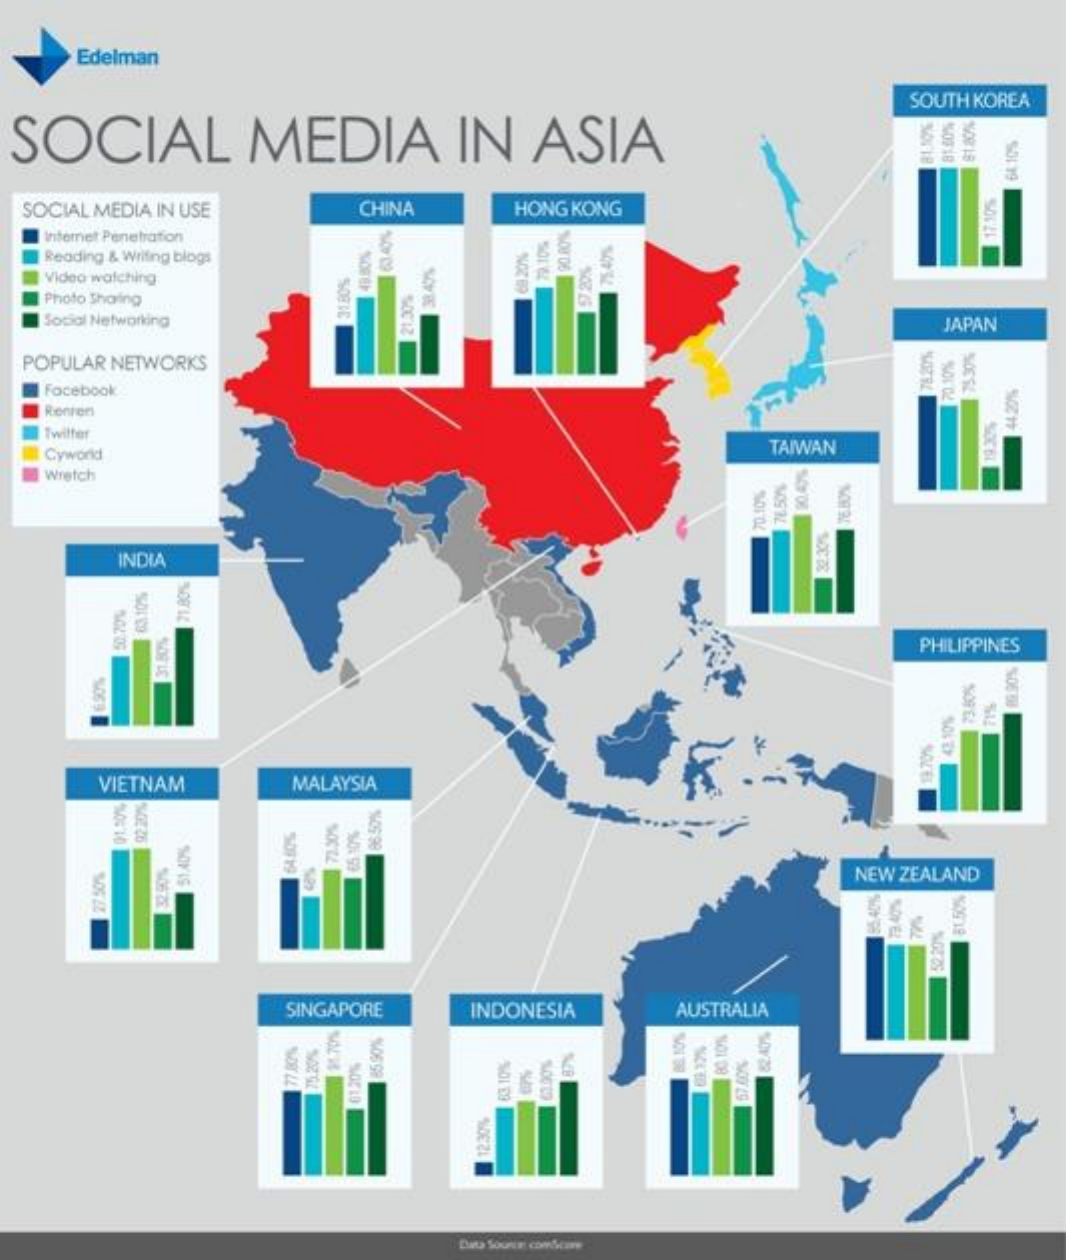
SOCIAL    MEDIA    IN    ASIA
   SOCIAL  MEDIA   IN USE
   POPULAR   NETWORKS
     Video watching
     Internet Penetration
     Social Networking
     Facebook
     Photo Sharing
     Renten
     Reading & Writing blogs
     Cyworld
     Wretch
     Twitter
     Edelman
     VIETNAM
     27.50
     01.20%
     50.70%
     INDIA
     92.20%
     63.105
     31.50%
     51.40%
     21.80%
     MALAYSIA
     SINGAPORE
     77.80% 75.20% 91.70%
     725
     31.80%
     CHINA
     65
     10%
     49.80%
     0120%
     5.90
     86.50%
     21.305
     38.47%
     INDONESIA
     12:301
     HONG  KONG
     68
     20% 79.105 90.00%
     87
     57.20%
     75.40%
     AUSTRALIA
     80.10%
     70.10%
     TAIWAN
     7650% 20.47%
     NEW  ZEALAND
     SOUTH  KOREA
     79.40%
     76.207%
     PHILIPPINES
     8140%
     JAPAN
     5229%
     42.10%
     70.10%
     81.20%
     81.50%
     73.80%
     75.30%
     71%
     19.305
     17.30%
     44.201%
     64.105